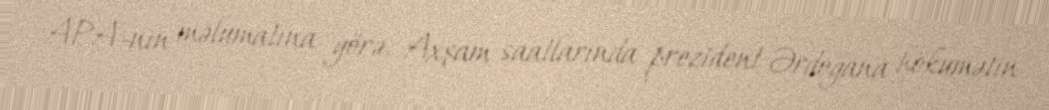
APA-nın məlumatına görə, Axşam saatlarında prezident Ərdoğana hökumətin